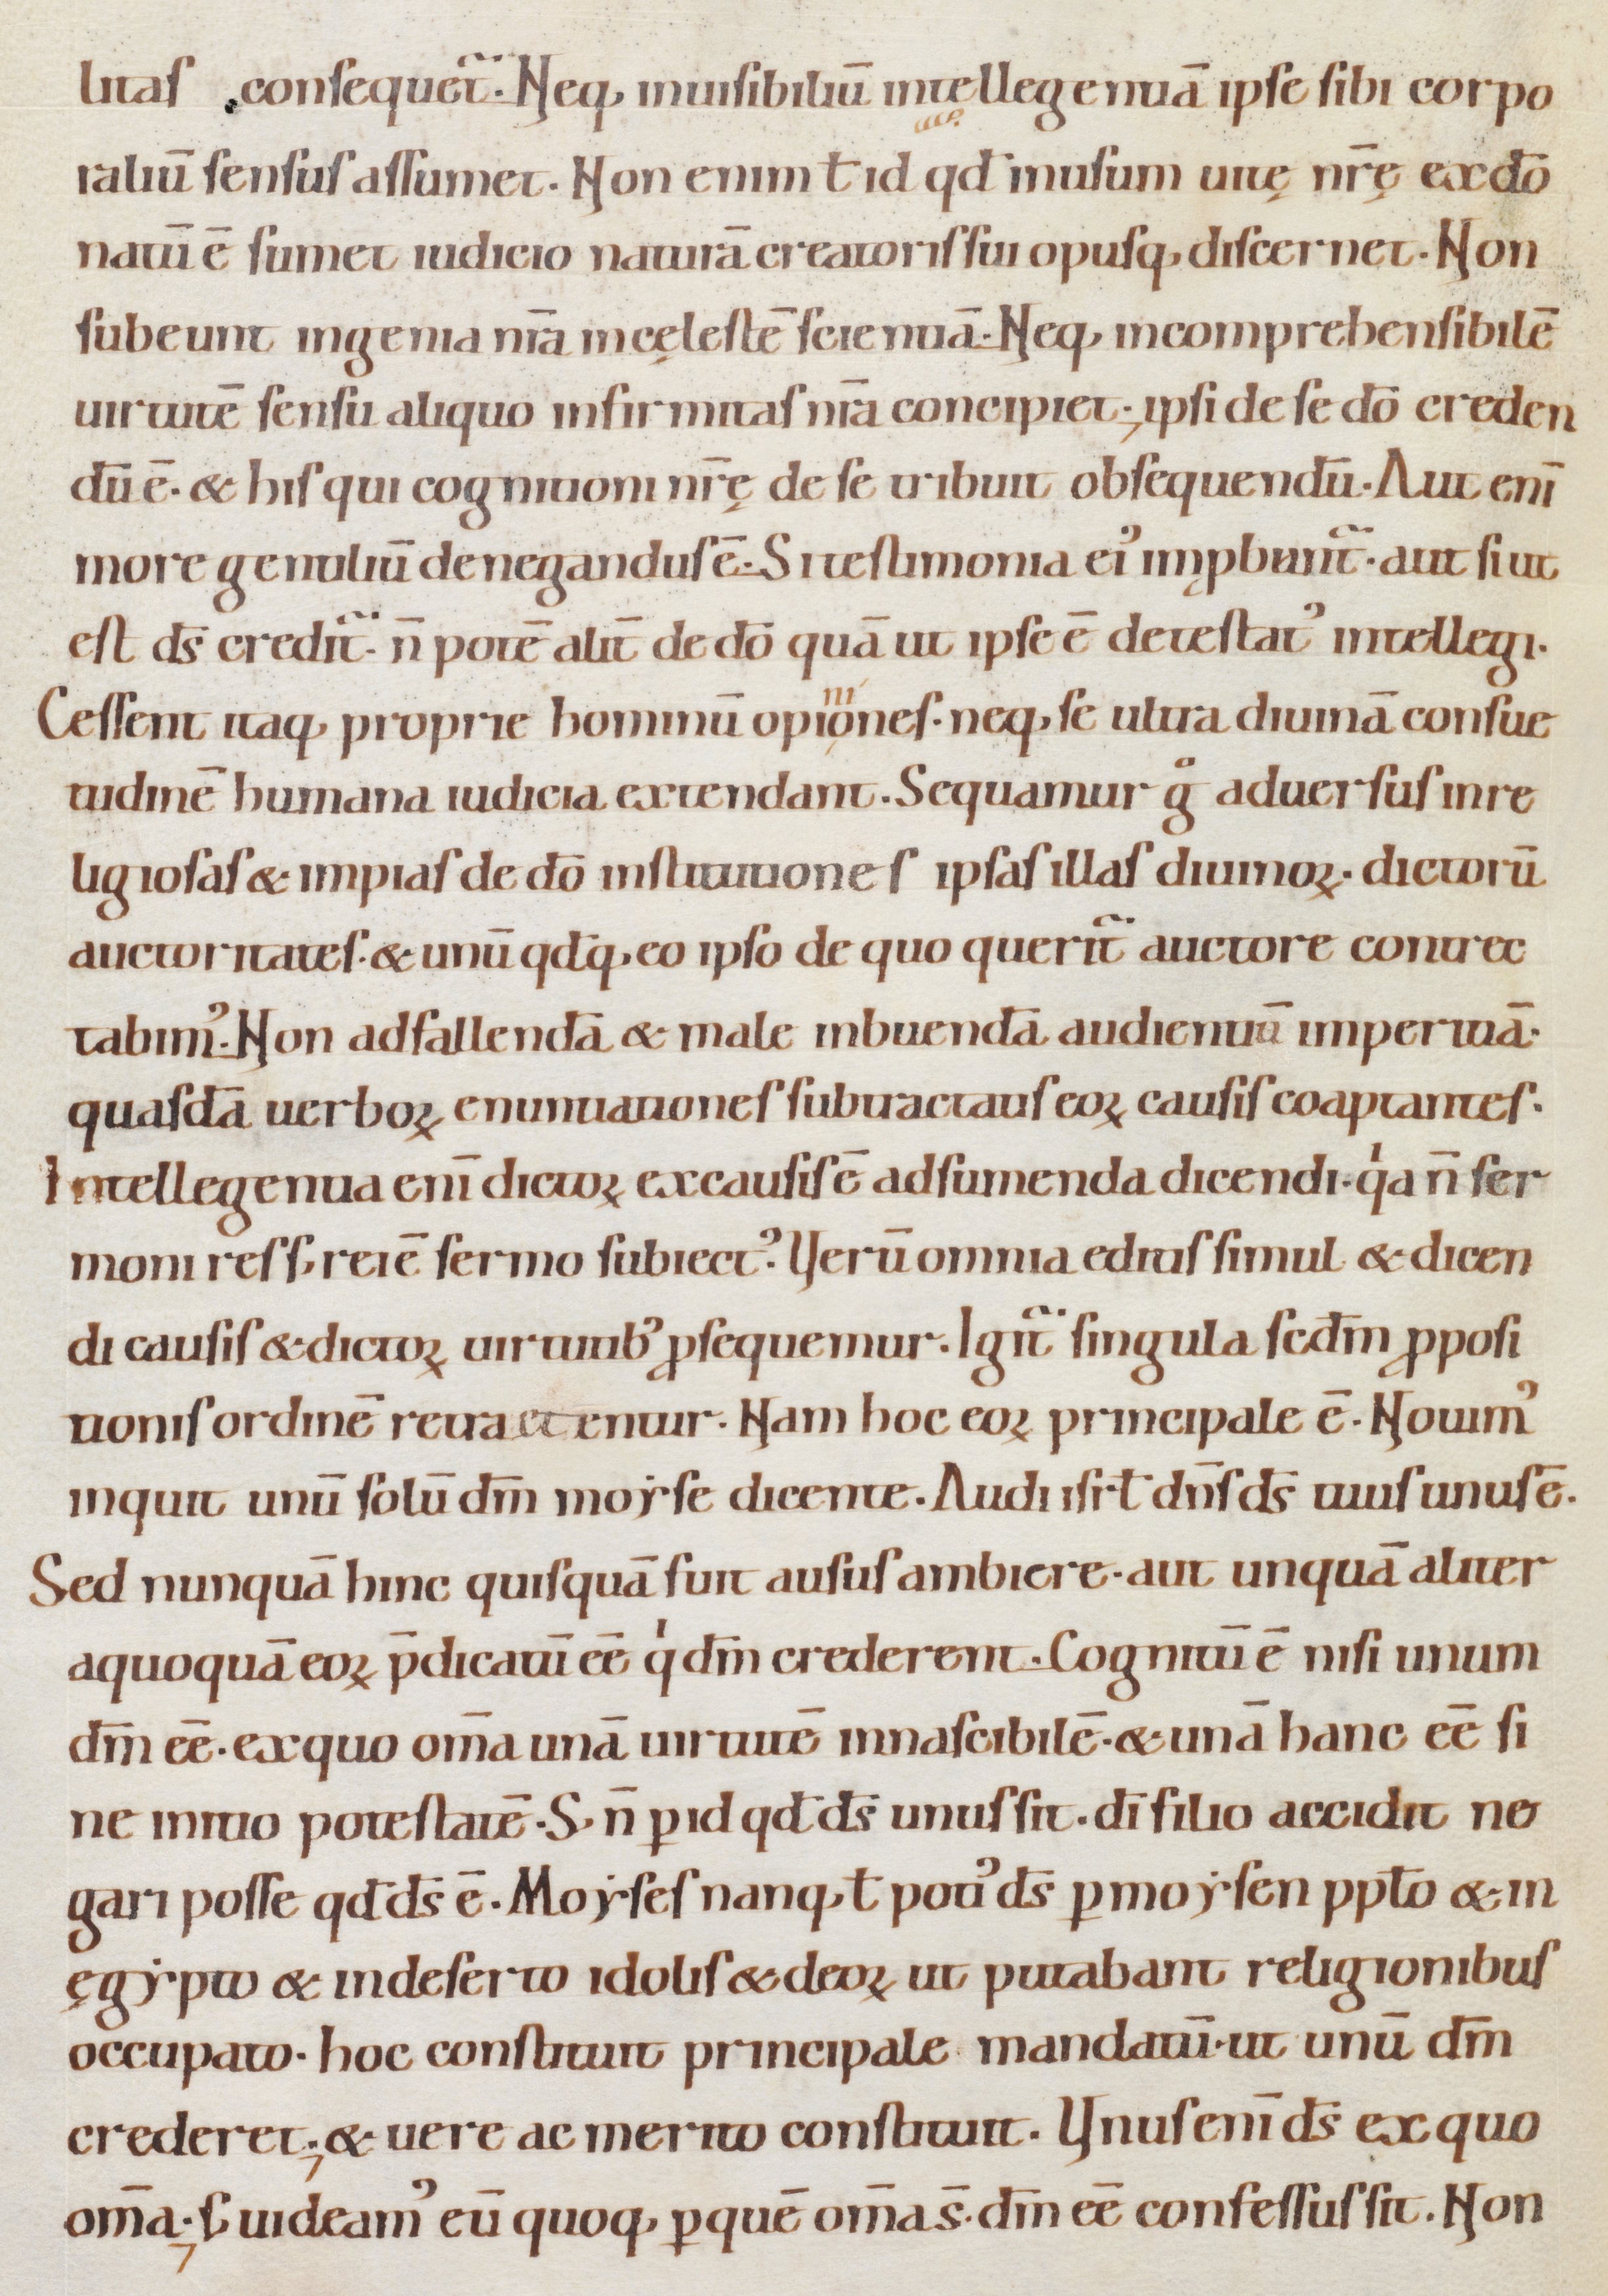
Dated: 1080–1096